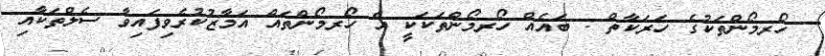
ހޯރމޯންތަކުގެ ހަރަކާތް : ބައެއް ހޯރމޯންތަކަކީ އެ ހޯރމޯންތައް އަމާޒުކުރެވިފައިވާ ސެލްތަކާއި